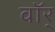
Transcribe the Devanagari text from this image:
वॉर्